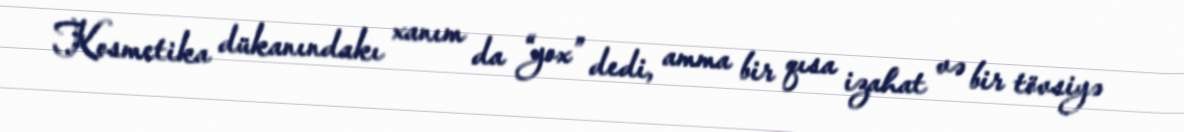
Kosmetika dükanındakı xanım da “yox” dedi, amma bir qısa izahat və bir tövsiyə